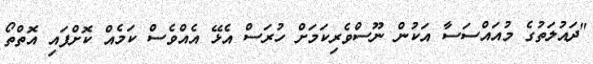
"ދައުލަތުގެ މުއައްސަސާ އަކުން ނޫސްވެރިކަމަށް ހުރަސް އެޅޭ އެއްވެސް ކަމެއް ކޮށްފައި އޮތްތޯ